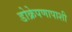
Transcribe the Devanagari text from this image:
डोक्रेपणापाशी